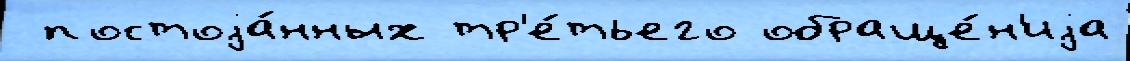
 постоjа́нных тр'е́тьего обраще́н'иjа